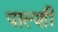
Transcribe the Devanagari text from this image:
पाल्शी